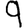
Digit: 9